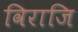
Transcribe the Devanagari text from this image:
विराजि